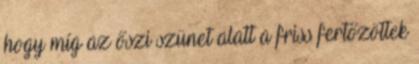
hogy míg az őszi szünet alatt a friss fertőzöttek